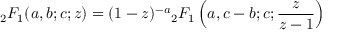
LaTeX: { } _ { 2 } F _ { 1 } ( a , b ; c ; z ) = ( 1 - z ) ^ { - a } { } _ { 2 } F _ { 1 } \left( a , c - b ; c ; { \frac { z } { z - 1 } } \right)